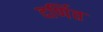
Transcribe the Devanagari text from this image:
दर्णित